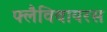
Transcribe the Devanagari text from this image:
फ्लैविवायरस